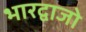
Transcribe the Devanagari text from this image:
भारद्वाजो